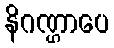
နိဂဏ္ဌာပေ